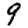
Digit: 9